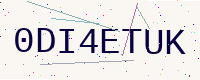
Text: 0DI4ETUK